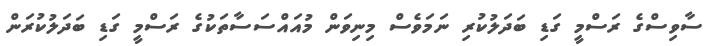
ސާވިސްގެ ރަސްމީ ގަޑި ބަދަލުކުރި ނަމަވެސް މިނިވަން މުއައްސަސާތަކުގެ ރަސްމީ ގަޑި ބަދަލުކުރަން